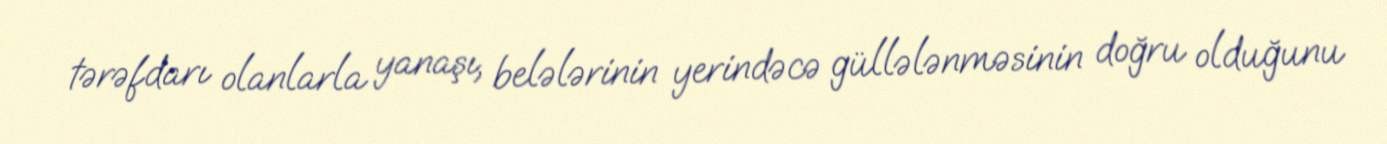
tərəfdarı olanlarla yanaşı, belələrinin yerindəcə güllələnməsinin doğru olduğunu